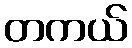
တကယ်